Cultivation of the bacillus of leprosy and the treatment of cases by means of a vaccine prepared from the cultivations - Number 42
Disease focus: Leprosy
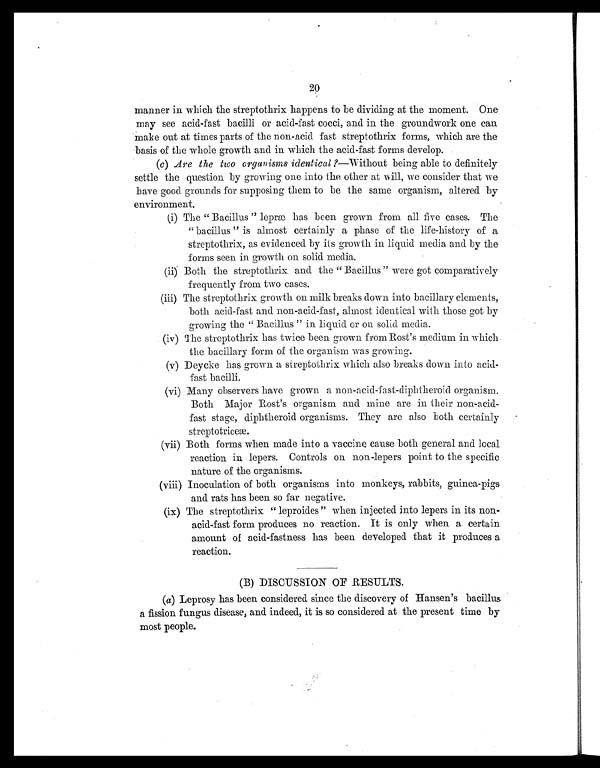
20
manner in which the streptothrix happens to be dividing at the moment. One
may see acid-fast bacilli or acid-fast cocci, and in the groundwork one can
make out at times parts of the non-acid fast streptothrix forms, which are the
basis of the whole growth and in which the acid-fast forms develop.
(c) Are the two organisms identical ? —Without being able to definitely
settle the question by growing one into the other at will, we consider that we
have good grounds for supposing them to be the same organism, altered by
environment.
(i) The " Bacillus " lepræ has been grown from all five cases. The
"bacillus " is almost certainly a phase of the life-history of a
streptothrix, as evidenced by its growth in liquid media and by the
forms seen in growth on solid media.
(ii) Both the streptothrix and the " Bacillus " were got comparatively
frequently from two cases.
(iii) The streptothrix growth on milk breaks down into bacillary elements,
both acid-fast and non-acid-fast, almost identical with those got by
growing the " Bacillus " in liquid or on solid media.
(iv) The streptothrix has twice been grown from Rost's medium in which
the bacillary form of the organism was growing.
(v) Deycke has grown a streptothrix which also breaks down into acid-
fast bacilli.
(vi) Many observers have grown a non-acid-fast-diphtheroid organism.
Both Major Rost's organism and mine are in their non-acid-
fast stage, diphtheroid organisms. They are also both certainly
streptotriceæ.
(vii) Both forms when made into a vaccine cause both general and local
reaction in lepers. Controls on non-lepers point to the specific
nature of the organisms.
(viii) Inoculation of both organisms into monkeys, rabbits, guinea-pigs.
and rats has been so far negative.
(ix) The streptothrix " leproides" when injected into lepers in its non-
acid-fast form produces no reaction. It is only when a certain
amount of acid-fastness has been developed that it produces a
reaction.
(B) DISCUSSION OF RESULTS.
(a) Leprosy has been considered since the discovery of Hansen's bacillus
a fission fungus disease, and indeed, it is so considered at the present time by
most people.